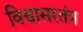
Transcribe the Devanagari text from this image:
विश्वासरतंत्र